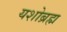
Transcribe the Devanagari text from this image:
यशोब्रह्म